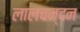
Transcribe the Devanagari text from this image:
लालचन्दन